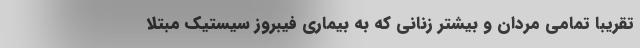
تقریباً تمامی مردان و بیشتر زنانی که به بیماری فیبروز سیستیک مبتلا